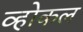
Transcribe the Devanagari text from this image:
व्होकल